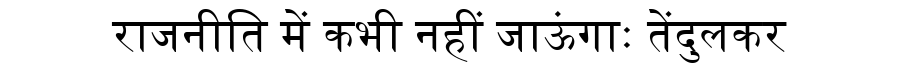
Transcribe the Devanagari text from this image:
राजनीति में कभी नहीं जाऊंगाः तेंदुलकर